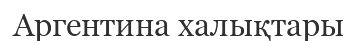
Аргентина халықтары